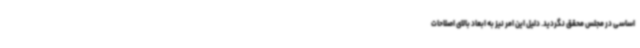
اساسی در مجلس محقق نگردید. دلیل این امر نیز به ابعاد بالای اصلاحات